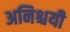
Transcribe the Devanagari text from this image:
अनिश्चयी